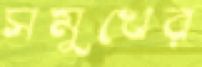
সমুখের